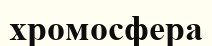
хромосфера